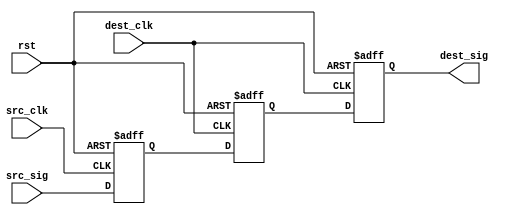
module synchronizer(
	input wire rst,
	input wire src_clk,
	input wire dest_clk,
	input wire [NumSignals-1:0] src_sig,
	output wire [NumSignals-1:0] dest_sig
    );
	 
	// Parameters
	parameter NumSignals = 1;
	parameter Stages = 2;
	
	// Genvar
	genvar i;
	
	// Internal wires
	reg [NumSignals-1:0] src_flop;
	reg [NumSignals-1:0] dest_flop [Stages-1:0];
	
	// Destination signal comes from output of last flop
	assign dest_sig = dest_flop[Stages-1];
	
	// Synchronizer input flop
	always @(posedge src_clk or posedge rst) begin
		if (rst) begin
			src_flop <= 0;
		end else begin
			src_flop <= src_sig;
		end
	end
	
	// Synchronizer first output flop
	always @(posedge dest_clk or posedge rst) begin
		if (rst) begin
			dest_flop[0] <= 0;
		end else begin
			dest_flop[0] <= src_flop;
		end
	end
	
	generate for (i = 1; i < Stages; i = i + 1) begin : gen_synco_flops
		always @(posedge dest_clk or posedge rst) begin
			if (rst) begin
				dest_flop[i] <= 0;
			end else begin
				dest_flop[i] <= dest_flop[i-1];
			end
		end
	end endgenerate
	
	
	
	


endmodule